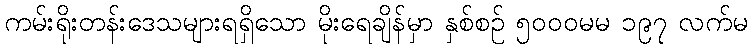
ကမ်းရိုးတန်းဒေသများရရှိသော မိုးရေချိန်မှာ နှစ်စဉ် ၅၀၀၀မမ ၁၉၇ လက်မ